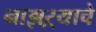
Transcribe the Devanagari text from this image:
नाझऱ्याचे